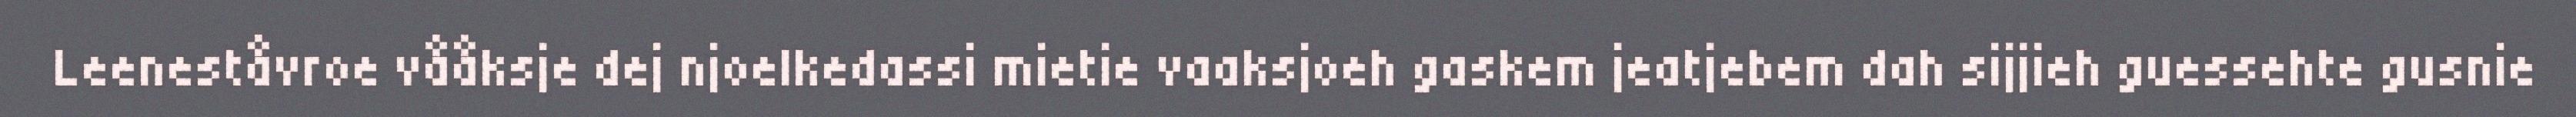
Leeneståvroe vååksje dej njoelkedassi mietie vaaksjoeh gaskem jeatjebem dah sijjieh guessehte gusnie